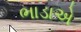
ભાડાએ